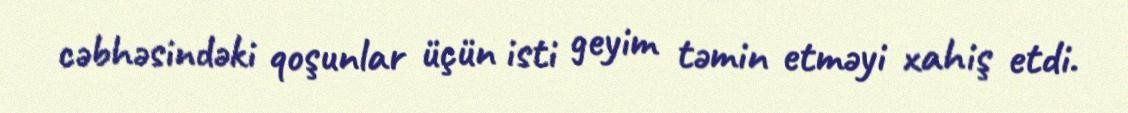
cəbhəsindəki qoşunlar üçün isti geyim təmin etməyi xahiş etdi.